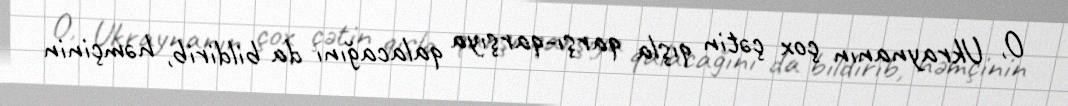
O, Ukraynanın çox çətin qışla qarşı-qarşıya qalacağını da bildirib, həmçinin